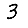
Digit: 3